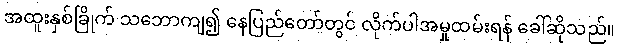
အထူးနှစ်ခြိုက် သဘောကျ၍ နေပြည်တော်တွင် လိုက်ပါအမှုထမ်းရန် ခေါ်ဆိုသည်။